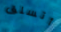
أتسلق